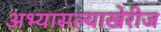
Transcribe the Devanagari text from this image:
अभ्यासल्याखेरीज